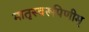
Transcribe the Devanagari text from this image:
मातृस्वरूपिणीम्